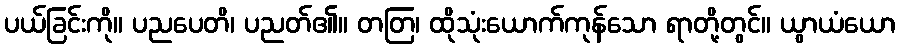
ပယ်ခြင်းကို။ ပညပေတိ၊ ပညတ်၏။ တတြ၊ ထိုသုံးယောက်ကုန်သော ရာတို့တွင်။ ယွာယံယော